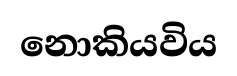
නොකියවිය